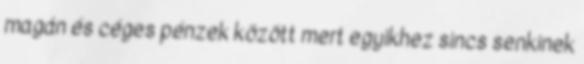
magán és céges pénzek között mert egyikhez sincs senkinek